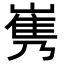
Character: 𡻎